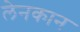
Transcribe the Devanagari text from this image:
लेनकान